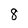
Character: 8